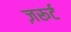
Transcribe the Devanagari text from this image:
ज़रूर्ट